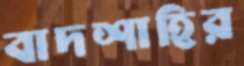
বাদশাহির